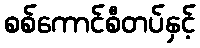
စစ်ကောင်စီတပ်နှင့်